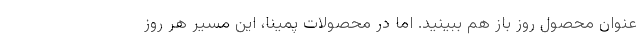
عنوان محصول روز باز هم ببینید. اما در محصولات پمینا، این مسیر هر روز